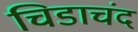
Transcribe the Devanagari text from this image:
चिडाचंद